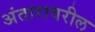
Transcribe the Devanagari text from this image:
अंतारावरील